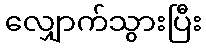
လျှောက်သွားပြီး